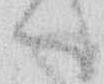
へ